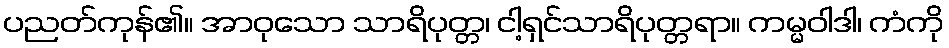
ပညတ်ကုန်၏။ အာဝုသော သာရိပုတ္တ၊ ငါ့ရှင်သာရိပုတ္တရာ။ ကမ္မဝါဒါ၊ ကံကို